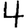
Digit: 4